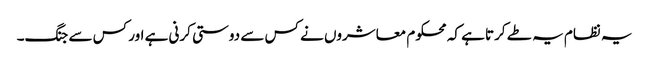
یہ نظام یہ طے کرتا ہے کہ محکوم معاشروں نے کس سے دوستی کرنی ہے اور کس سے جنگ۔